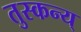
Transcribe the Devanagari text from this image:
तुस्कन्य्